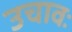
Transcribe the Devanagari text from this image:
उचावः